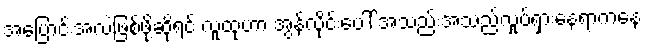
အပြောင်းအလဲဖြစ်ဖို့ဆိုရင် လူထုဟာ အွန်လိုင်းပေါ် အသည်းအသည်လှုပ်ရှားနေရာကနေ